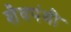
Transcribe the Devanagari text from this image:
शैवपंथी